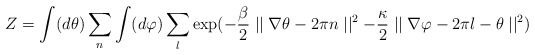
\begin{align*}Z = \int (d\theta ) \sum_{ n }\int (d\varphi ) \sum_{ l } \exp(-\frac{\beta}{2}\mid\mid \nabla \theta -2\pi n\mid\mid^2-\frac{\kappa}{2}\mid\mid \nabla \varphi -2\pi l -\theta \mid\mid^2)\end{align*}